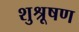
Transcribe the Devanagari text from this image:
शुश्रूषण